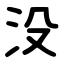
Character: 没